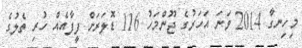
މިހިނގާ 2014 ވަނަ އަހަރުގެ ޖޫންމަހު 116 ޑޮލަރަށް ފީފާއެއް ހުރި ތެލުގެ